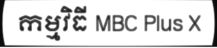
កម្មវិធី MBC Plus X